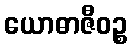
ယောဓာဇီဝဉ္စ